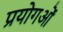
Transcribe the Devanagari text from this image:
प्रयोगओं